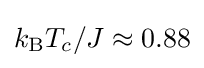
k_{\rm {B}}T_{c}/J\approx 0.88